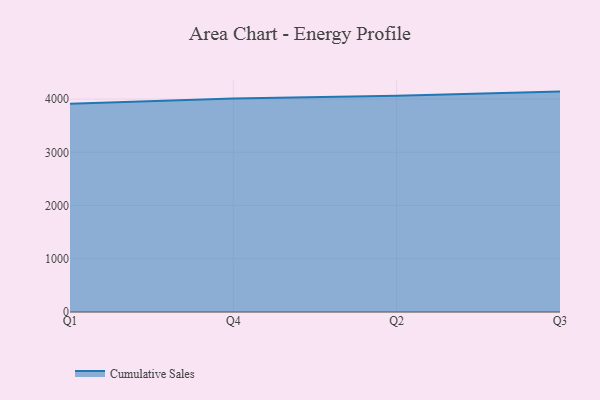
{"axis": {"x": "Quarter", "y": "Website Visitors"}, "legend": ["Cumulative Sales"], "data": [{"x": "Q1", "y": 3913.9, "type": "Cumulative Sales"}, {"x": "Q4", "y": 4011.0, "type": "Cumulative Sales"}, {"x": "Q2", "y": 4064.4, "type": "Cumulative Sales"}, {"x": "Q3", "y": 4140.6, "type": "Cumulative Sales"}]}